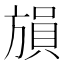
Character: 𪯾